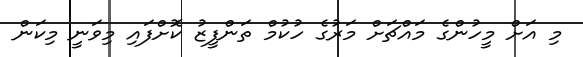
މި އަށް މީހުންގެ މައްޗަށް މަރުގެ ހުކުމް ތަންފީޒު ކޮށްފައި މިވަނީ މިކަން